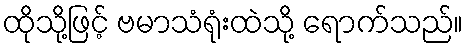
ထိုသို့ဖြင့် ဗမာသံရုံးထဲသို့ ရောက်သည်။